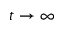
t \rightarrow \infty